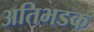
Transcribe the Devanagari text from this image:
अतिभडक